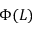
\Phi ( L )